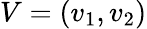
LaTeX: V=(v_{1},v_{2})